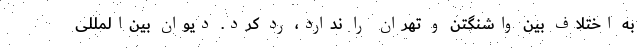
به اختلاف بین واشنگتن و تهران را ندارد، رد کرد. دیوان بین‌المللی